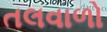
તલવાળો